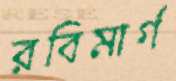
রবিমার্গ